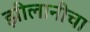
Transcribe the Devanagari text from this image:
झीलानीचा